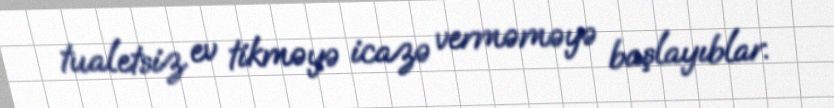
tualetsiz ev tikməyə icazə verməməyə başlayıblar.